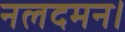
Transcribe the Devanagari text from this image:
नलदमन।